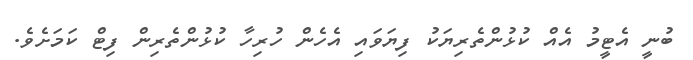
ބުނީ އެޓީމު އެއް ކުޅުންތެރިޔަކު ފިޔަވައި އެހެން ހުރިހާ ކުޅުންތެރިން ފިޓް ކަމަށެވެ.